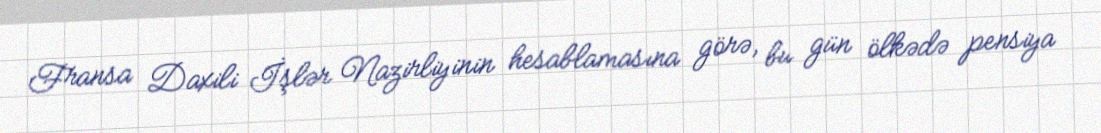
Fransa Daxili İşlər Nazirliyinin hesablamasına görə, bu gün ölkədə pensiya